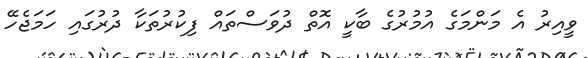
ވީއިރު އެ މަންމަގެ އުމުރުގެ ބާކީ އޮތް ދުވަސްތައް ފިކުރުތަކާ ދުރުގައި ހަމަޖެހޭ